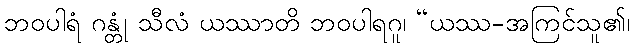
ဘဝပါရံ ဂန္တုံ သီလံ ယဿာတိ ဘဝပါရဂူ၊ “ယဿ-အကြင်သူ၏၊